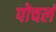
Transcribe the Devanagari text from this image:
पोचलं